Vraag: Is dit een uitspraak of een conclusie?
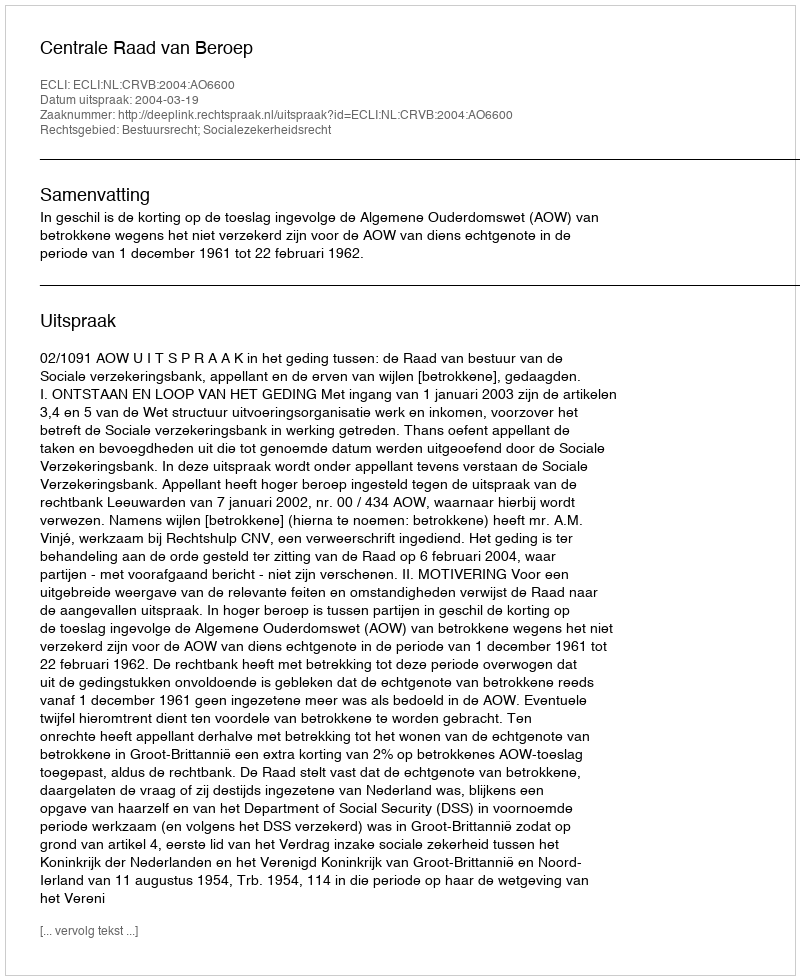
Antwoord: Uitspraak